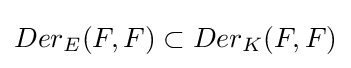
Der_{E}(F,F)\subset Der_{K}(F,F)